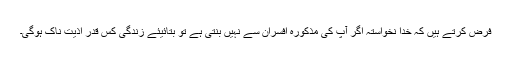
فرض کرتے ہیں کہ خدا نخواستہ اگر آپ کی مذکورہ افسران سے نہیں بنتی ہے تو بتائیئے زندگی کس قدر اذیت ناک ہوگی۔